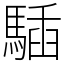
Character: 䮢